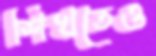
শিখতেও